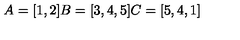
A = [ 1 , 2 ] B = [ 3 , 4 , 5 ] C = [ 5 , 4 , 1 ]